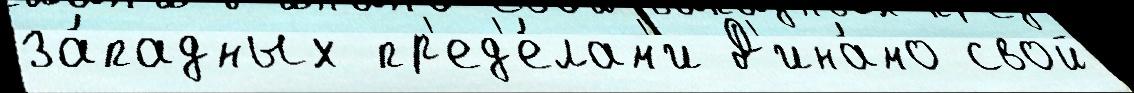
за́падных пр'ед'е́лам'и Д'ина́мо свой